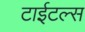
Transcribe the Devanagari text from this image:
टाईटल्स